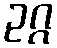
ဥဂ္ဂ